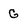
Character: G